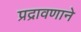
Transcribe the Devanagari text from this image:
प्रद्रावणाने